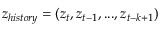
\boldsymbol { z } _ { h i s t o r y } = ( \boldsymbol { z } _ { t } , \boldsymbol { z } _ { t - 1 } , . . . , \boldsymbol { z _ { t - k + 1 } } )